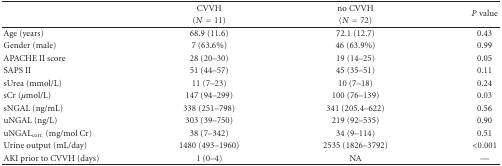
|  | CVVH | no CVVH | <ROWSPAN=2> P value |
 |  | (N = 11) | (N = 72) |
 | --- | --- | --- | --- |
 | Age (years) | 68.9 (11.6) | 72.1 (12.7) | 0.43 |
 | Gender (male) | 7 (63.6%) | 46 (63.9%) | 0.99 |
 | APACHE II score | 28 (20–30) | 19 (14–25) | 0.05 |
 | SAPS II | 51 (44–57) | 45 (35–51) | 0.11 |
 | sUrea (mmol/L) | 11 (7–23) | 10 (7–18) | 0.24 |
 | sCr (μmol/L) | 147 (94–299) | 100 (76–139) | 0.03 |
 | sNGAL (ng/mL) | 338 (251–798) | 341 (205.4–622) | 0.56 |
 | uNGAL (ng/L) | 303 (39–750) | 219 (92–535) | 0.90 |
 | uNGALcorr. (mg/mol Cr) | 38 (7–342) | 34 (9–114) | 0.51 |
 | Urine output (mL/day) | 1480 (493–1960) | 2535 (1826–3792) | <0.001 |
 | AKI prior to CVVH (days) | 1 (0–4) | NA | — |